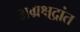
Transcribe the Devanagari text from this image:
अग्रक्षुद्रांत